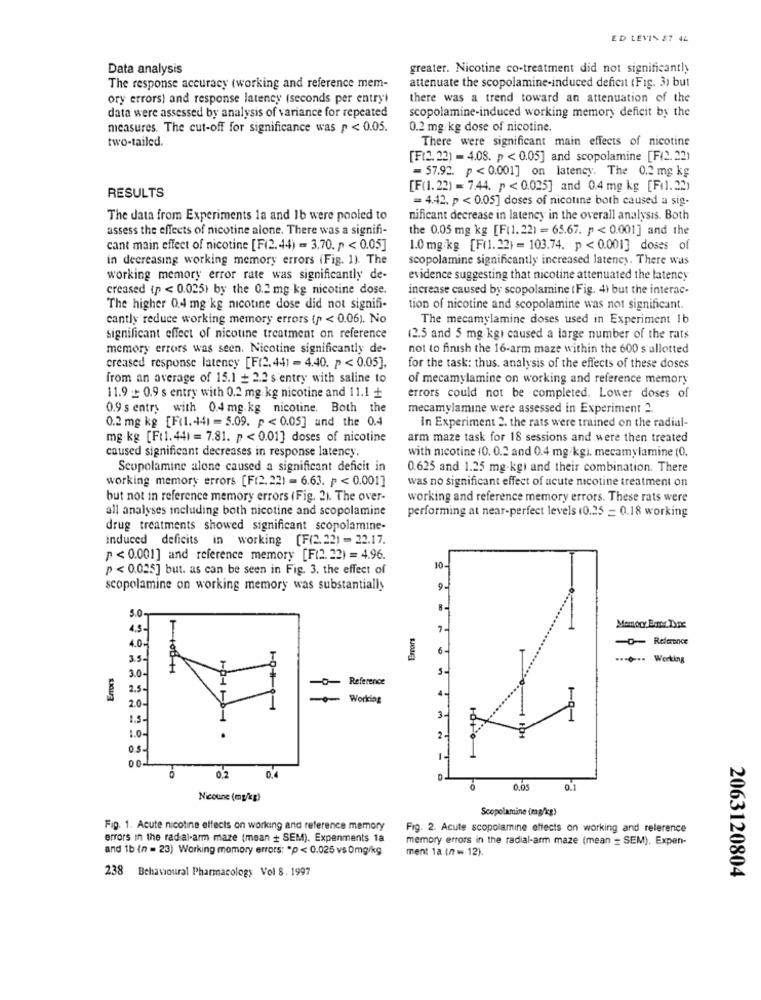
ED LEVIN 27 44
Data analysis
greater. Nicotine co-treatment did not significantly
attenuate the scopolamine-induced deficit (Fig. 3) but
The response accuracy (working and reference mem-
ory errors) and response latency (seconds per entry)
there was a trend toward an attenuation of the
scopolamine-induced working memory deficit by the
data were assessed by analysis of variance for repeated
measures. The cut-off for significance was p < 0.05.
0.2 mg/kg dose of nicotine.
two-tailed.
There were significant main effects of nicotine
[F(2.22) = 4.08. p <0.05] and scopolamine [F(2.22)
= 57.92. p < 0.001] on latency. The 0.2 mg kg
[F(1.22) = 7.44. p < 0.025] and 0.4 mg kg [Fil.22)
RESULTS
= 4.42. p < 0.05] doses of nicotine both caused a sig.
The data from Experiments la and 1b were pooled to
nificant decrease in latency in the overall analysis. Both
assess the effects of nicotine alone. There was a signifi-
the 0.05 mg kg [F(1.22) = 65.67. p < 0.001] and the
cant main effect of nicotine [F(2. 44) = 3.70. p < 0.05]
1.0 mg.kg [F(1.22) = 103.74. p < 0.001] doses of
in decreasing working memory errors (Fig. 1). The
scopolamine significantly increased latency. There was
working memory error rate was significantly de-
evidence suggesting that nicotine attenuated the latency
creased (p < 0.025) by the 0.2 mg.kg nicotine dose.
increase caused by scopolamine ( Fig. 4) but the interac-
The higher 0.4 mg kg nicotine dose did not signifi-
tion of nicotine and scopolamine was not significant.
cantly reduce working memory errors (p < 0.06). No
The mecamylamine doses used in Experiment 1b
significant effect of nicotine treatment on reference
(2.5 and 5 mg kg) caused a large number of the rats
memory errors was seen. Nicotine significantly de-
not to finish the 16-arm maze within the 600 s allotted
creased response latency [F(2.441 - 4.40. p < 0.05],
for the task: thus, analysis of the effects of these doses
from an average of 15.1 + 2.2 s'entry with saline to
of mecamylamine on working and reference memory
11.9 + 0.9 s entry with 0.2 mg kg nicotine and 11.1 +
errors could not be completed. Lower doses of
0.9 s entry with 0.4 mg.kg nicotine. Both the
mecamylamine were assessed in Experiment 2.
0.2 mg kg [F(1.441 = 5.09. p < 0.05] and the 0.4
In Experiment 2. the rats were trained on the radial-
mg.kg [F(1. 44) = 7.81. p < 0.01] doses of nicotine
arm maze task for 18 sessions and were then treated
caused significant decreases in response latency.
with nicotine (0. 0.2 and 0.4 mg/kg). mecamylamine (0.
Scopolamine alone caused a significant deficit in
0.625 and 1.25 mg.kg) and their combination. There
working memory errors [F(2.22) = 6.63. p < 0.001]
was no significant effect of acute nicotine treatment on
but not in reference memory errors (Fig. 21. The over-
working and reference memory errors. These rats were
all analyses including both nicotine and scopolamine
performing at near-perfect levels (0.25 = 0.18 working
drug treatments showed significant scopolamine-
induced deficits in working [F(2.22) = 22.17.
p < 0.001] and reference memory [F(2. 22) = 4.96.
p < 0.025] but. as can be seen in Fig. 3. the effect of
10-
scopolamine on working memory was substantially
9.
5.0-
4.5.
Errors
4.0-
0- Reference
6
3.5
.--- Werking
3.0-
2.5
-~ Reference
Working
4
2.0-
3.
1.0
0.2
0,4
0,05
Nicoune (mg/kg)
Scopolamine (mg/kg)
Fig. 1. Acute nicotine effects on working and reference memory
Fig. 2. Acute scopolamine effects on working and reference
errors in the radial-arm maze (mean + SEM). Expenments 1a
memory errors in the radial-arm maze (mean = SEM). Expen-
and 1b (n = 23) Working memory errors: "p < 0.025 vs 0mg/kg
ment 1a (n = 12).
238 Behavioural Pharmacology Vol 8. 1997
2063120804